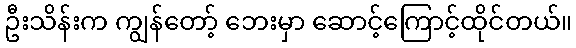
ဦးသိန်းက ကျွန်တော့် ဘေးမှာ ဆောင့်ကြောင့်ထိုင်တယ်။